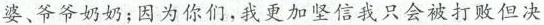
婆、爷爷奶奶；因为你们，我更加坚信我只会被打败但决